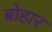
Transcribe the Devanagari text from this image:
बोहार